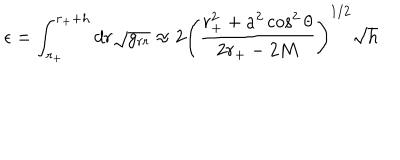
\epsilon = \int _ { r _ { + } } ^ { r _ { + } + h } d r \sqrt { g _ { r r } } \approx 2 \left( \frac { r _ { + } ^ { 2 } + a ^ { 2 } \cos ^ { 2 } \theta } { 2 r _ { + } - 2 M } \right) ^ { 1 / 2 } \sqrt { h }